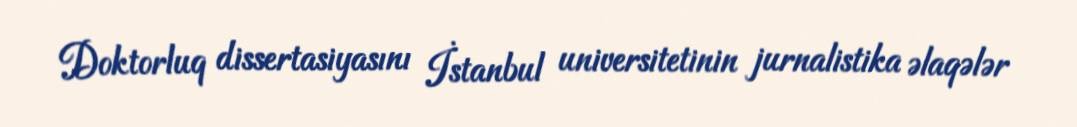
Doktorluq dissertasiyasını İstanbul universitetinin jurnalistika əlaqələr